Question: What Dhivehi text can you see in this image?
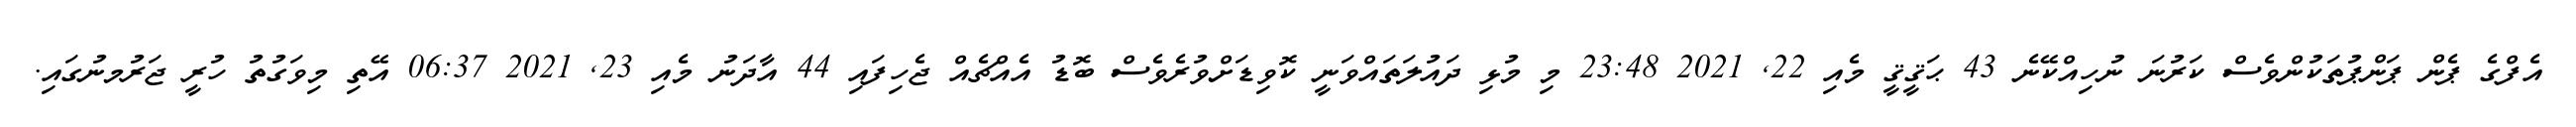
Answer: އެފްގެ ޕެން ޕަންޕުތަކުންވެސް ކަރުނަ ނުހިއްކޭނެ 43 ޙަޤީޤީ މެއި 22, 2021 23:48 މި މުޅި ދައުލަތައްވަނީ ކޮވިޑަށްވުރެވެސް ބޮޑު އެއްޗެއް ޖެހިފައި 44 އާދަނު މެއި 23, 2021 06:37 އޭތި މިވަގުތު ހުރީ ޖަރުމނުގައި.